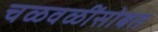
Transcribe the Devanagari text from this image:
चळवळींसोबत